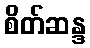
စိတ်ဆန္ဒ